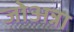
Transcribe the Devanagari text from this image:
जोअन्ना